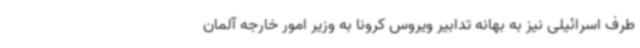
طرف اسرائیلی نیز به بهانه‌ تدابیر ویروس کرونا به وزیر امور خارجه آلمان